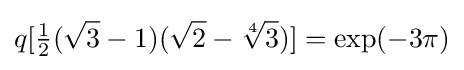
q[{\tfrac {1}{2}}({\sqrt {3}}-1)({\sqrt {2}}-{\sqrt[{4}]{3}})]=\exp(-3\pi )